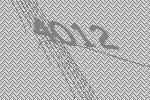
4012